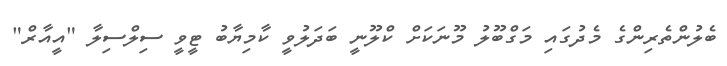
ބެލުންތެރިންގެ މެދުގައި މަގްބޫލު މޫނަކަށް ކްލޫނީ ބަދަލުވީ ކާމިޔާބު ޓީވީ ސިލްސިލާ "އީއާރް"